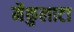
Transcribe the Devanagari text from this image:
मैकुलाटा